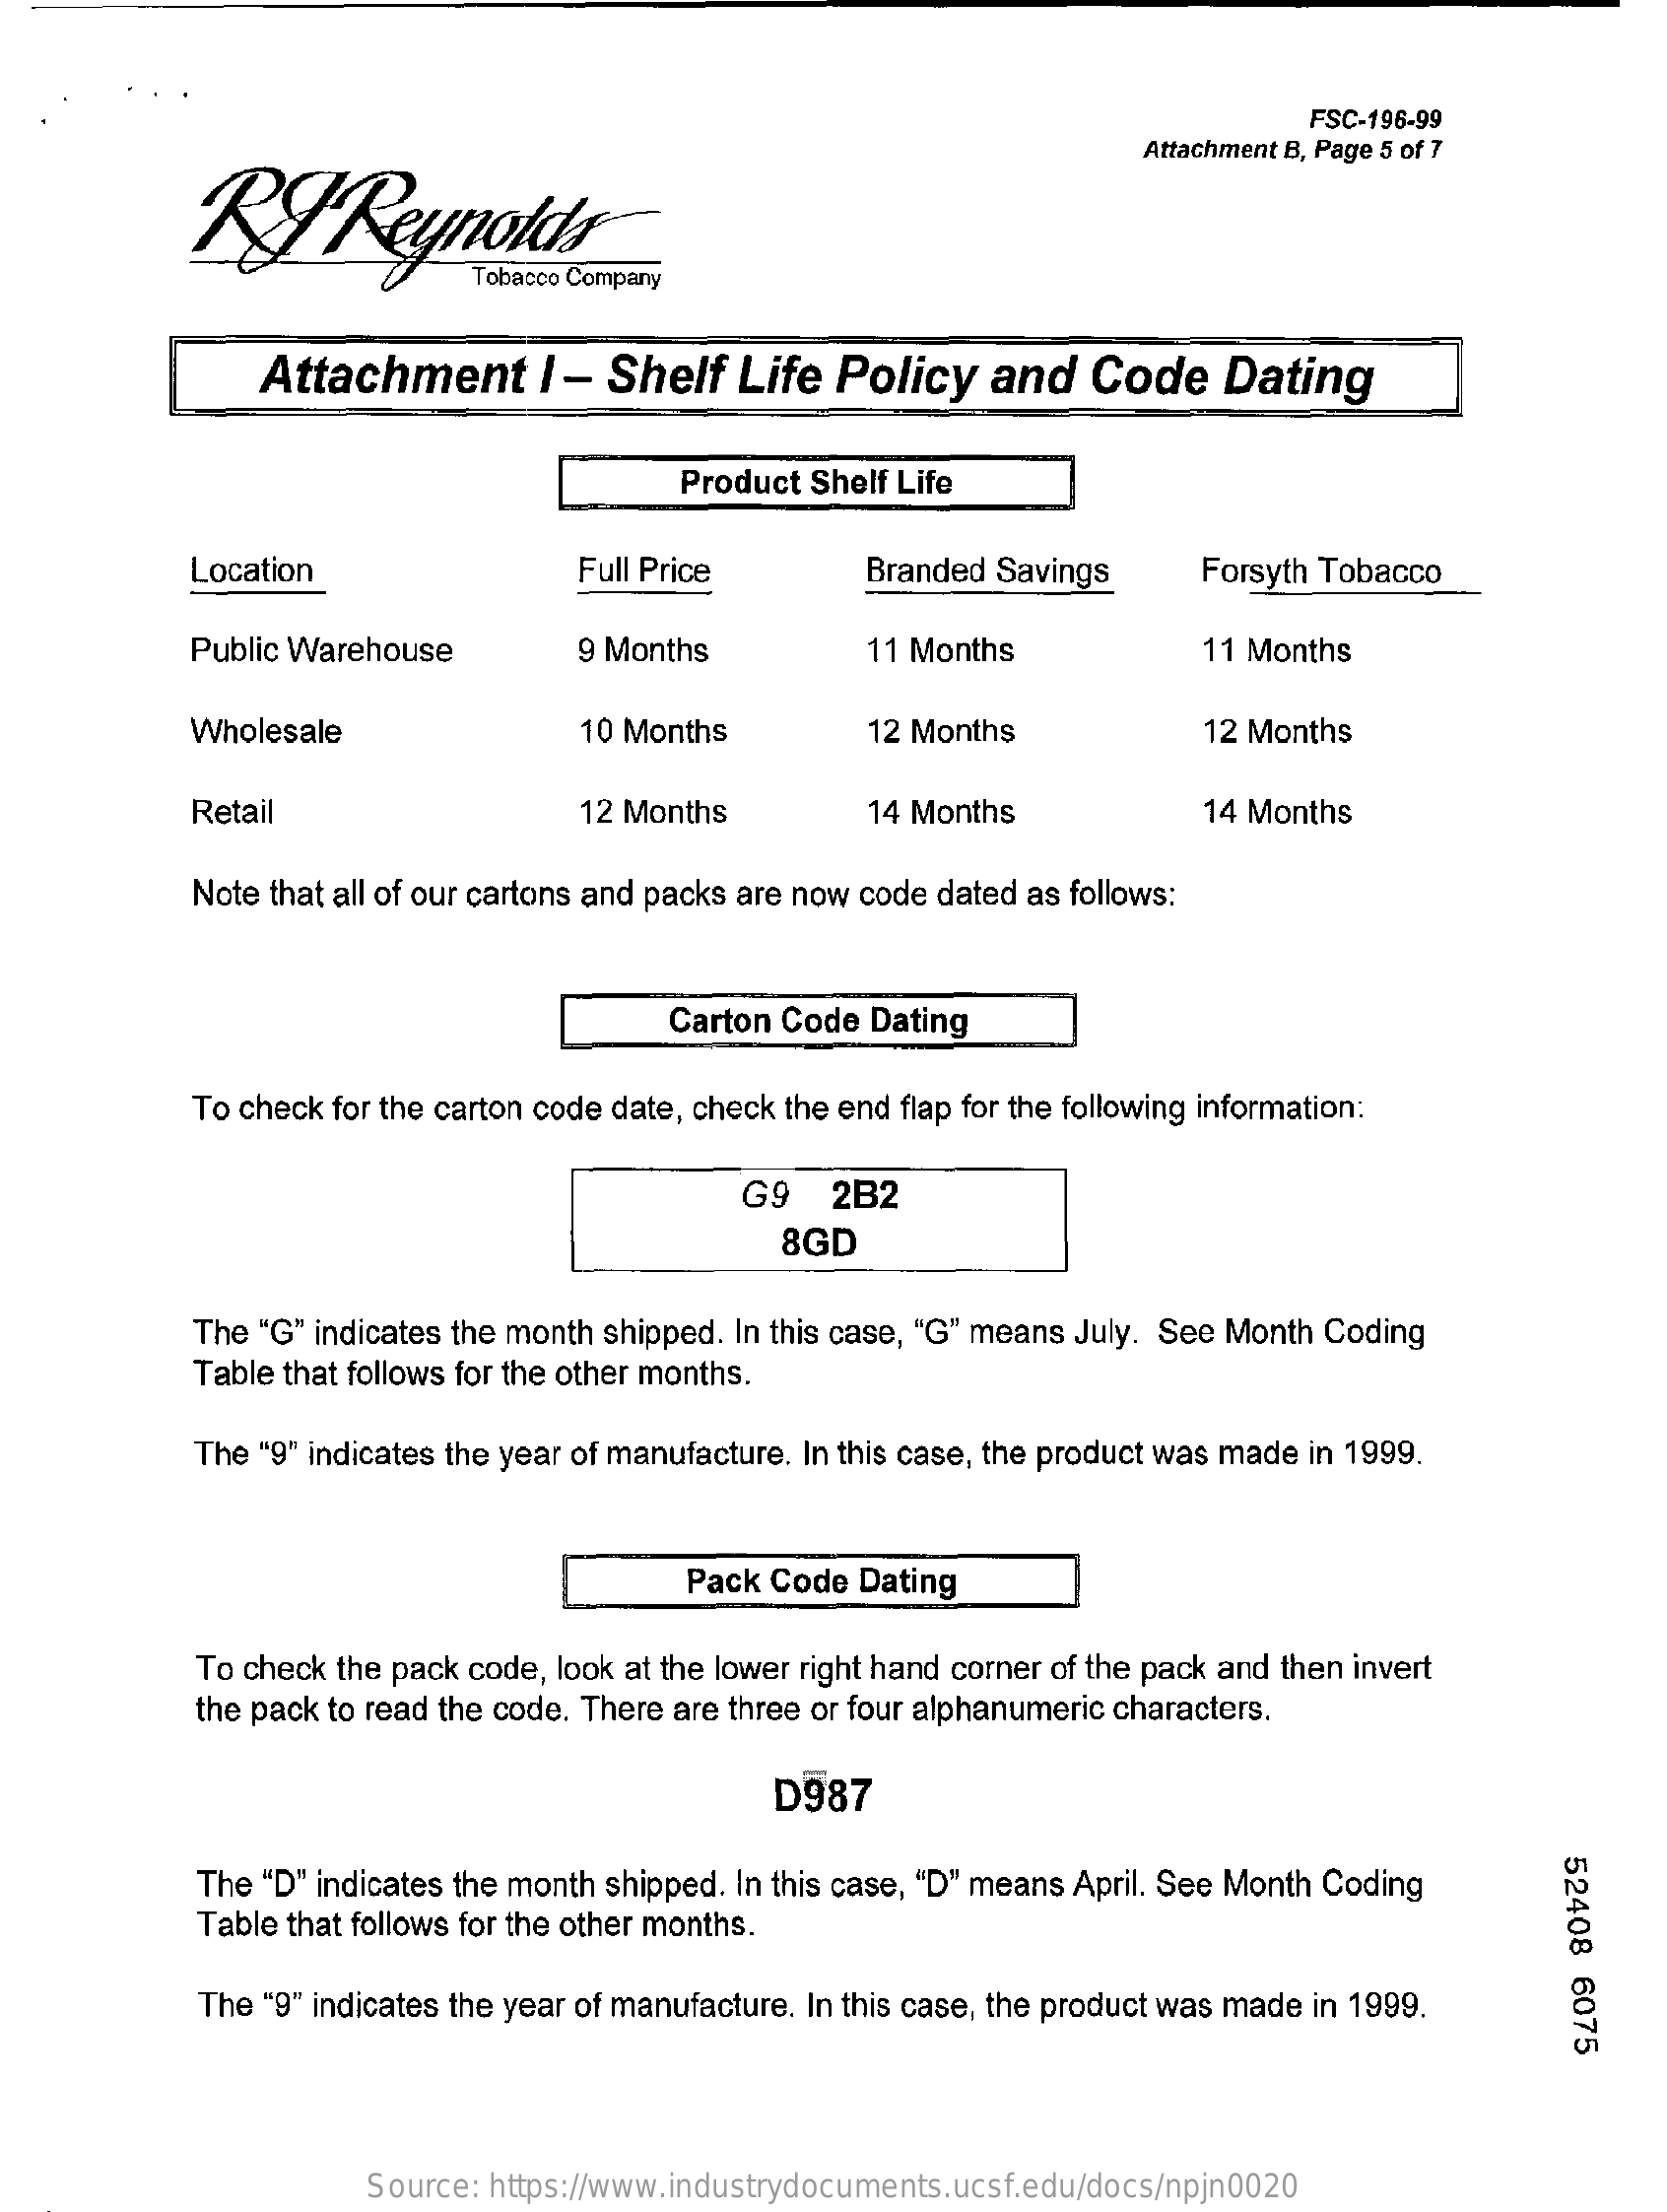
FSC-196-99
     Attachment B, Page 5 of 7
     Attachment    I - Shelf  Life  Policy   and   Code   Dating
     Product Shelf Life
     Location    Full Price    Branded Savings    Forsyth Tobacco
     Public Warehouse    9 Months    11 Months    11 Months
     Wholesale    10 Months    12 Months    12 Months
     Retail    12 Months    14 Months    14 Months
     Note that all of our cartons and packs are now code dated as follows:
     Carton Code Dating
     To check for the carton code date, check the end flap for the following information:
     G9   2B2
     8GD
     The "G" indicates the month shipped. In this case, "G" means July. See Month Coding
     Table that follows for the other months.
     The "9" indicates the year of manufacture. In this case, the product was made in 1999.
     Pack Code Dating
     To check the pack code, look at the lower right hand corner of the pack and then invert
     the pack to read the code. There are three or four alphanumeric characters.
     D987
     52408
     6075
     The "D" indicates the month shipped. In this case, "D" means April. See Month Coding
     Table that follows for the other months.
     The "9" indicates the year of manufacture. In this case, the product was made in 1999.
     Source: https://www.industrydocuments.ucsf.edu/docs/npjn0020